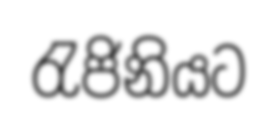
රැජිනියට